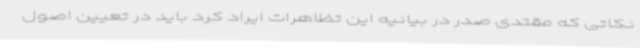
نکاتی که مقتدی صدر در بیانیه این تظاهرات ایراد کرد باید در تعیین اصول